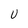
Character: U